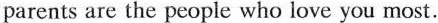
parents are the people who love you most.